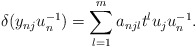
\begin{align*}\delta(y_{nj} u_n^{-1})=\sum_{l=1}^{m}a_{njl}t^l u_ju_n^{-1}.\end{align*}